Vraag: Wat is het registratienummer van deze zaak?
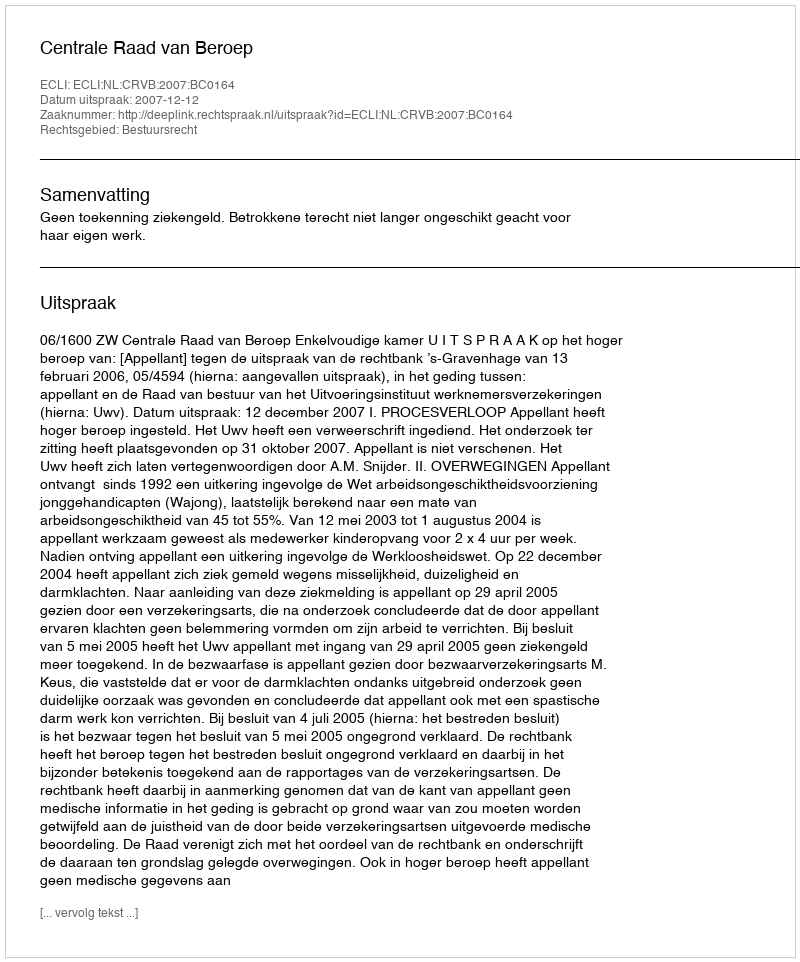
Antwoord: http://deeplink.rechtspraak.nl/uitspraak?id=ECLI:NL:CRVB:2007:BC0164